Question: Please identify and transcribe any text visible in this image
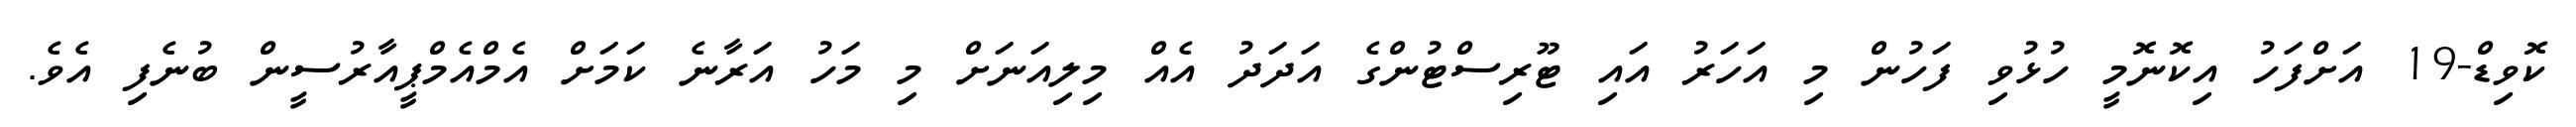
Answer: ކޮވިޑް-19 އަށްފަހު އިކޮނޮމީ ހުޅުވި ފަހުން މި އަހަރު އައި ޓޫރިސްޓުންގެ އަދަދު އެއް މިލިއަނަށް މި މަހު އަރާނެ ކަމަށް އެމްއެމްޕީއާރުސީން ބުނެފި އެވެ.